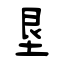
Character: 垦